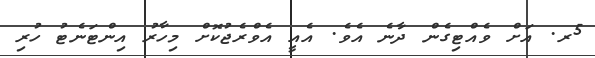
5ރ. އަށް ވެއްޓިގެން ދާނެ އެވެ. އެއީ އެވްރެޖުކޮށް މިހާރު އިންޓަނެޓު ހުރި